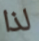
لذا